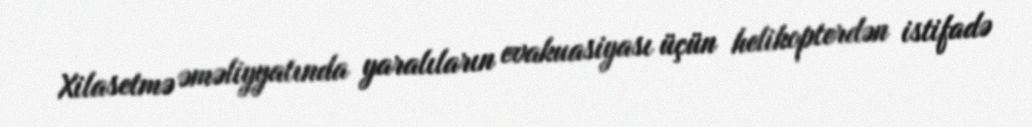
Xilasetmə əməliyyatında yaralıların evakuasiyası üçün helikopterdən istifadə